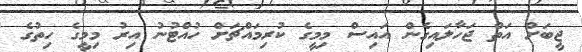
ޖީބަށް އަތް ޖަހާލައިގެން އައިސް މިމީގެ ކުރިމައްޗަށް ހުއްޓުނު އިރު މިމީގެ ހިތުގެ